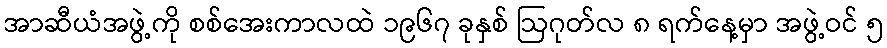
အာဆီယံအဖွဲ့ကို စစ်အေးကာလထဲ ၁၉၆၇ ခုနှစ် ဩဂုတ်လ ၈ ရက်နေ့မှာ အဖွဲ့ဝင် ၅